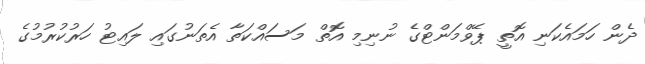
ދެން ހަމައެކަނި އޮތީ ޕޭވްމަންޓްގެ ނުނިމި އޮތް މަސައްކަތާ އެތަނުގައި ލައިޓު ހަރުކުރުމުގެ